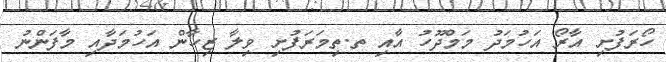
ހޯރަފުށި އާރޯ އަހުމަދު މަމްދޫހު އާއި ތ.ތިމަަރަފުށި ވިލާ ޒިހާން އަހުމަދާއި މާފަންނު